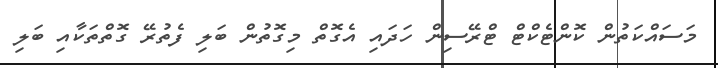
މަސައްކަތުން ކޮންޓެކްޓް ޓްރޭސިން ހަދައި އެގޮތް މިގޮތުން ބަލި ފެތުރޭ ގޮތްތަކާއި ބަލި